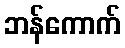
ဘန်ကောက်